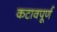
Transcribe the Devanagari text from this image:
कटावपूर्ण